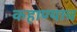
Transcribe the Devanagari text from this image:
कहाण्याच